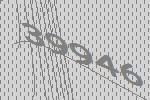
39946